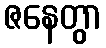
ဇနေတွာ